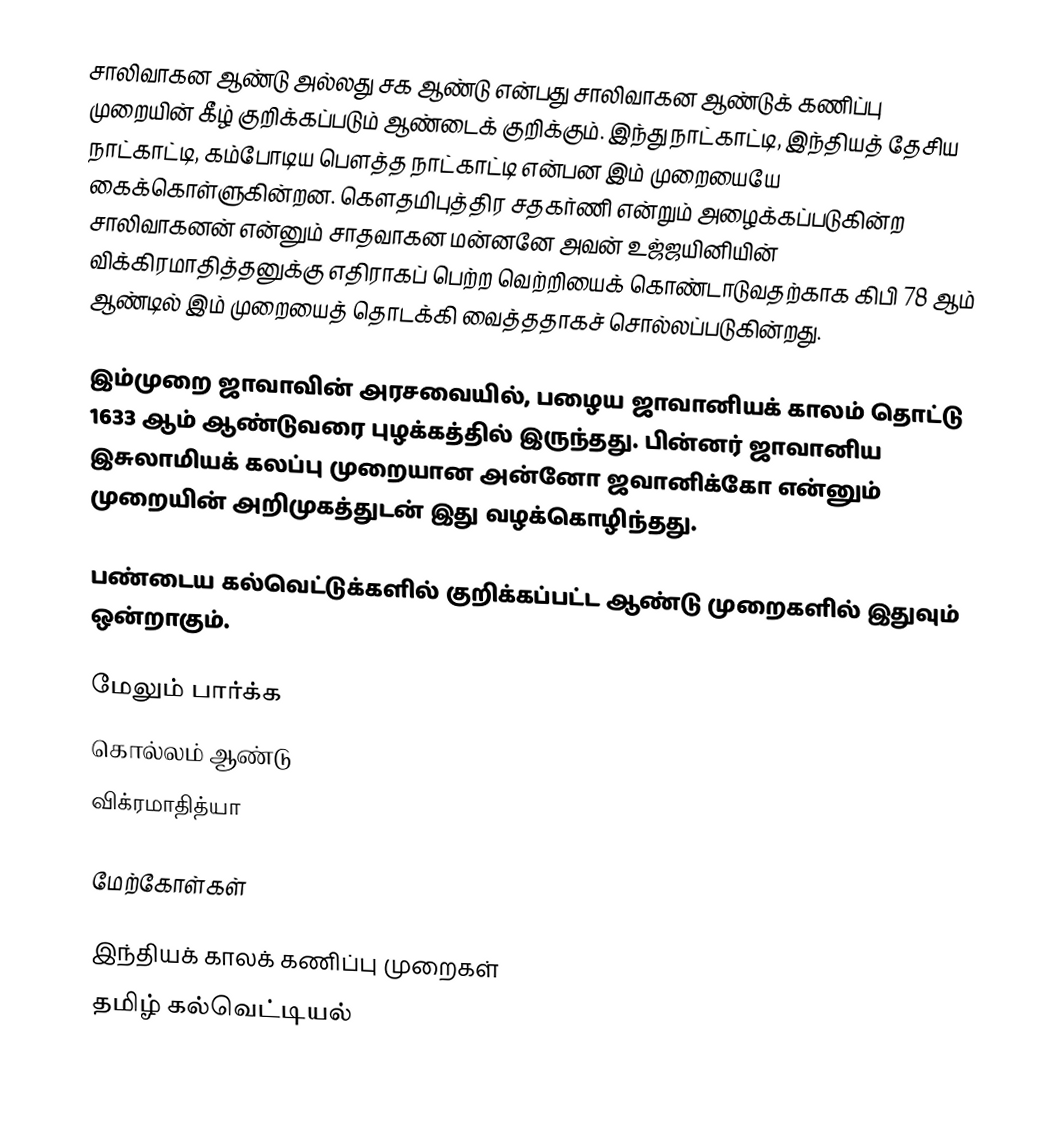
சாலிவாகன ஆண்டு அல்லது சக ஆண்டு என்பது சாலிவாகன ஆண்டுக் கணிப்பு முறையின் கீழ் குறிக்கப்படும் ஆண்டைக் குறிக்கும். இந்து நாட்காட்டி, இந்தியத் தேசிய நாட்காட்டி, கம்போடிய பௌத்த நாட்காட்டி என்பன இம் முறையையே கைக்கொள்ளுகின்றன. கௌதமிபுத்திர சதகர்ணி என்றும் அழைக்கப்படுகின்ற சாலிவாகனன் என்னும் சாதவாகன மன்னனே அவன் உஜ்ஜயினியின் விக்கிரமாதித்தனுக்கு எதிராகப் பெற்ற வெற்றியைக் கொண்டாடுவதற்காக கிபி 78 ஆம் ஆண்டில் இம் முறையைத் தொடக்கி வைத்ததாகச் சொல்லப்படுகின்றது.

இம்முறை ஜாவாவின் அரசவையில், பழைய ஜாவானியக் காலம் தொட்டு 1633 ஆம் ஆண்டுவரை புழக்கத்தில் இருந்தது. பின்னர் ஜாவானிய இசுலாமியக் கலப்பு முறையான அன்னோ ஜவானிக்கோ என்னும் முறையின் அறிமுகத்துடன் இது வழக்கொழிந்தது.

பண்டைய கல்வெட்டுக்களில் குறிக்கப்பட்ட ஆண்டு முறைகளில் இதுவும் ஒன்றாகும்.

மேலும் பார்க்க
 கொல்லம் ஆண்டு
 விக்ரமாதித்யா

மேற்கோள்கள்

இந்தியக் காலக் கணிப்பு முறைகள்
தமிழ் கல்வெட்டியல்